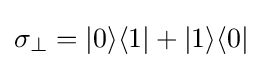
\sigma _{\perp }=|0\rangle \langle 1|+|1\rangle \langle 0|